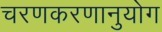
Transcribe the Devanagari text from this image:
चरणकरणानुयोग